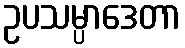
ဥပသမ္ပာဒေတာ